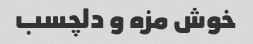
خوش مزه و دلچسب